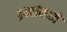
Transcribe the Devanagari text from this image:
द्रव्यांमध्ये